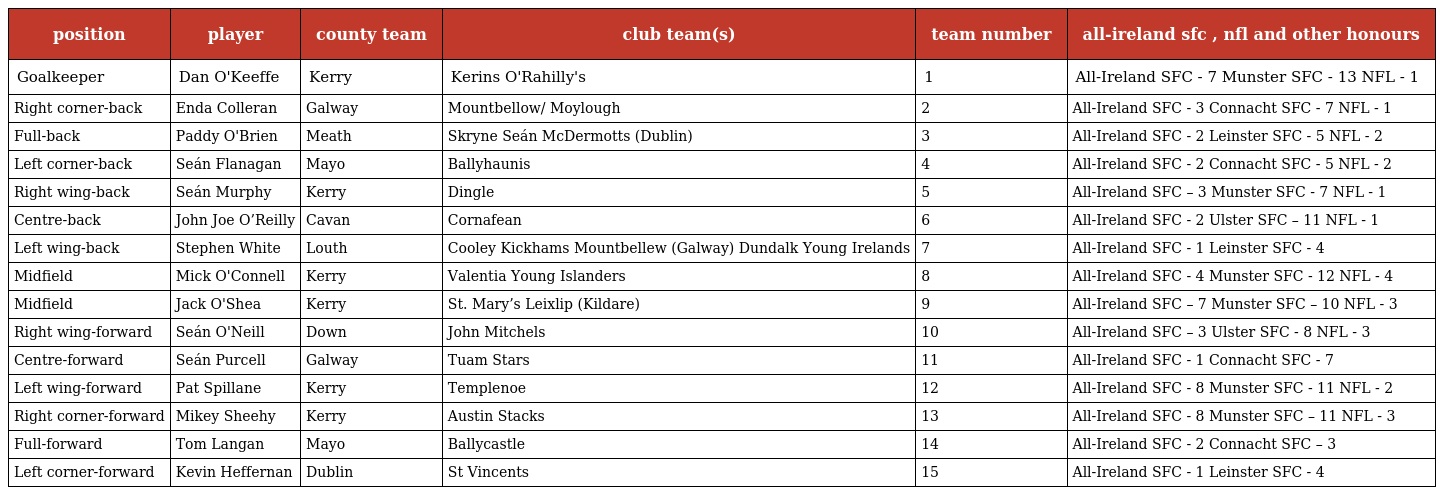
| position | player | county team | club team(s) | team number | all-ireland sfc , nfl and other honours |
 | --- | --- | --- | --- | --- | --- |
 | Goalkeeper | Dan O'Keeffe | Kerry | Kerins O'Rahilly's | 1 | All-Ireland SFC - 7 Munster SFC - 13 NFL - 1 |
 | Right corner-back | Enda Colleran | Galway | Mountbellow/ Moylough | 2 | All-Ireland SFC - 3 Connacht SFC - 7 NFL - 1 |
 | Full-back | Paddy O'Brien | Meath | Skryne Seán McDermotts (Dublin) | 3 | All-Ireland SFC - 2 Leinster SFC - 5 NFL - 2 |
 | Left corner-back | Seán Flanagan | Mayo | Ballyhaunis | 4 | All-Ireland SFC - 2 Connacht SFC - 5 NFL - 2 |
 | Right wing-back | Seán Murphy | Kerry | Dingle | 5 | All-Ireland SFC – 3 Munster SFC - 7 NFL - 1 |
 | Centre-back | John Joe O’Reilly | Cavan | Cornafean | 6 | All-Ireland SFC - 2 Ulster SFC – 11 NFL - 1 |
 | Left wing-back | Stephen White | Louth | Cooley Kickhams Mountbellew (Galway) Dundalk Young Irelands | 7 | All-Ireland SFC - 1 Leinster SFC - 4 |
 | Midfield | Mick O'Connell | Kerry | Valentia Young Islanders | 8 | All-Ireland SFC - 4 Munster SFC - 12 NFL - 4 |
 | Midfield | Jack O'Shea | Kerry | St. Mary’s Leixlip (Kildare) | 9 | All-Ireland SFC – 7 Munster SFC – 10 NFL - 3 |
 | Right wing-forward | Seán O'Neill | Down | John Mitchels | 10 | All-Ireland SFC – 3 Ulster SFC - 8 NFL - 3 |
 | Centre-forward | Seán Purcell | Galway | Tuam Stars | 11 | All-Ireland SFC - 1 Connacht SFC - 7 |
 | Left wing-forward | Pat Spillane | Kerry | Templenoe | 12 | All-Ireland SFC - 8 Munster SFC - 11 NFL - 2 |
 | Right corner-forward | Mikey Sheehy | Kerry | Austin Stacks | 13 | All-Ireland SFC - 8 Munster SFC – 11 NFL - 3 |
 | Full-forward | Tom Langan | Mayo | Ballycastle | 14 | All-Ireland SFC - 2 Connacht SFC – 3 |
 | Left corner-forward | Kevin Heffernan | Dublin | St Vincents | 15 | All-Ireland SFC - 1 Leinster SFC - 4 |